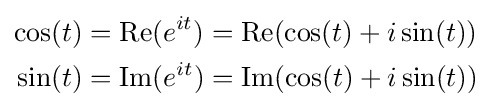
{\begin{aligned}\cos(t)&=\operatorname {Re} (e^{it})=\operatorname {Re} (\cos(t)+i\sin(t))\\\sin(t)&=\operatorname {Im} (e^{it})=\operatorname {Im} (\cos(t)+i\sin(t))\end{aligned}}